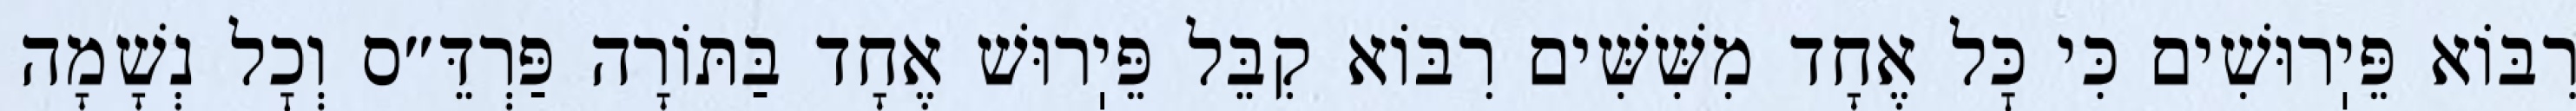
רִבּוֹא פֵּיֽרוּשִׁים כִּי כׇּל אֶחָד מִשִּׁשִּׁים רִבּוֹא קִבֵּל פֵּיֽרוּשׁ אֶחָד בַּתּוֹרָה פַּרְדֵּ״ס וְכׇל נְשָׁמָה